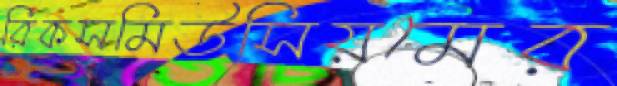
রিকসমিউসিয়মের